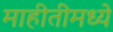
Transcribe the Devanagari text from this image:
माहीतीमध्ये